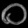
Digit: ၀